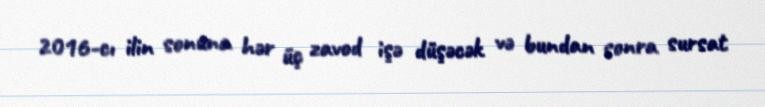
2016-cı ilin sonuna hər üç zavod işə düşəcək və bundan sonra sursat